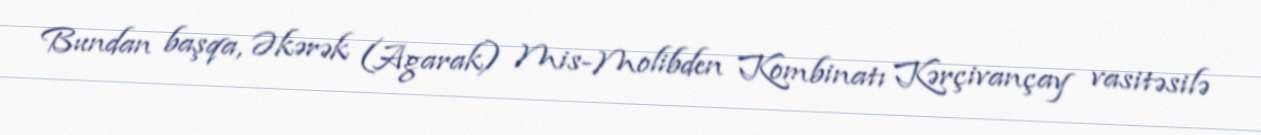
Bundan başqa, Əkərək (Agarak) Mis-Molibden Kombinatı Kərçivançay vasitəsilə